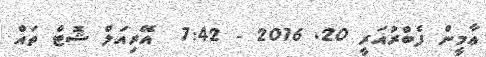
ޢާމީން ފެބްރުއަރީ 20